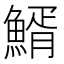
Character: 䱬